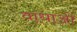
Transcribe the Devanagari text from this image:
वाधाओं